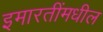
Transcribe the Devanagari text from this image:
इमारतींमधील